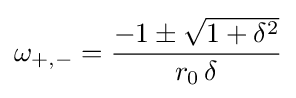
\omega _{+,-}={\frac {-1\pm {\sqrt {1+\delta ^{2}}}}{r_{0}\,\delta }}